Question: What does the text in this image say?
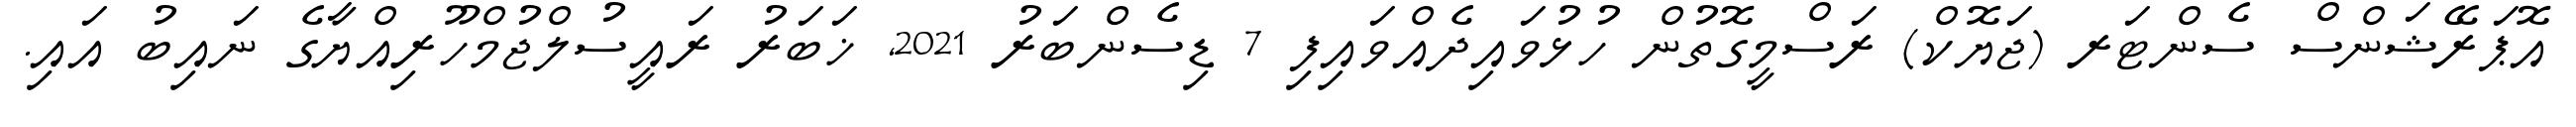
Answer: އޮޕަރޭޝަންސް ސެންޓަރ (ޖަޔޮކް) ރަސްމީގޮތުން ހުޅުވައިދެއްވައިފި 7 ޑިސެންބަރު 2021, ޚަބަރު ރައީސުލްޖުމްހޫރިއްޔާގެ ނައިބު އައި.